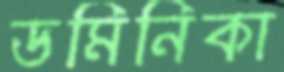
ডমিনিকা